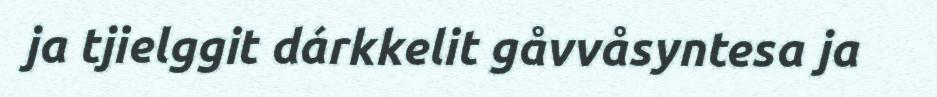
ja tjielggit dárkkelit gåvvåsyntesa ja